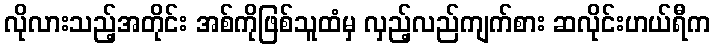
လိုလားသည့်အတိုင်း အစ်ကိုဖြစ်သူထံမှ လှည့်လည်ကျက်စား ဆလိုင်းဟယ်ရီက